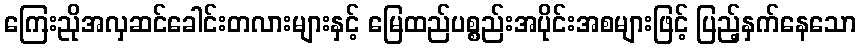
ကြေးညိုအလှဆင်ခေါင်းတလားများနှင့် မြေထည်ပစ္စည်းအပိုင်းအစများဖြင့် ပြည့်နှက်နေသော